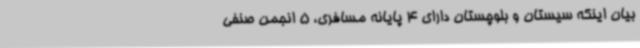
بیان اینکه سیستان و بلوچستان دارای 4 پایانه مسافری، 5 انجمن صنفی